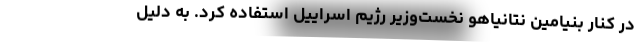
در کنار بنیامین نتانیاهو نخست‌وزیر رژیم اسراییل استفاده کرد. به دلیل